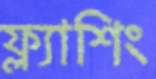
ফ্ল্যাশিং